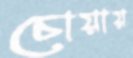
চোয়ায়